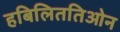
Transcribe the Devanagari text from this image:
हबिलिततिओन